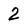
Character: 2